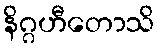
နိဂ္ဂဟီတောသိ